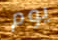
يوم